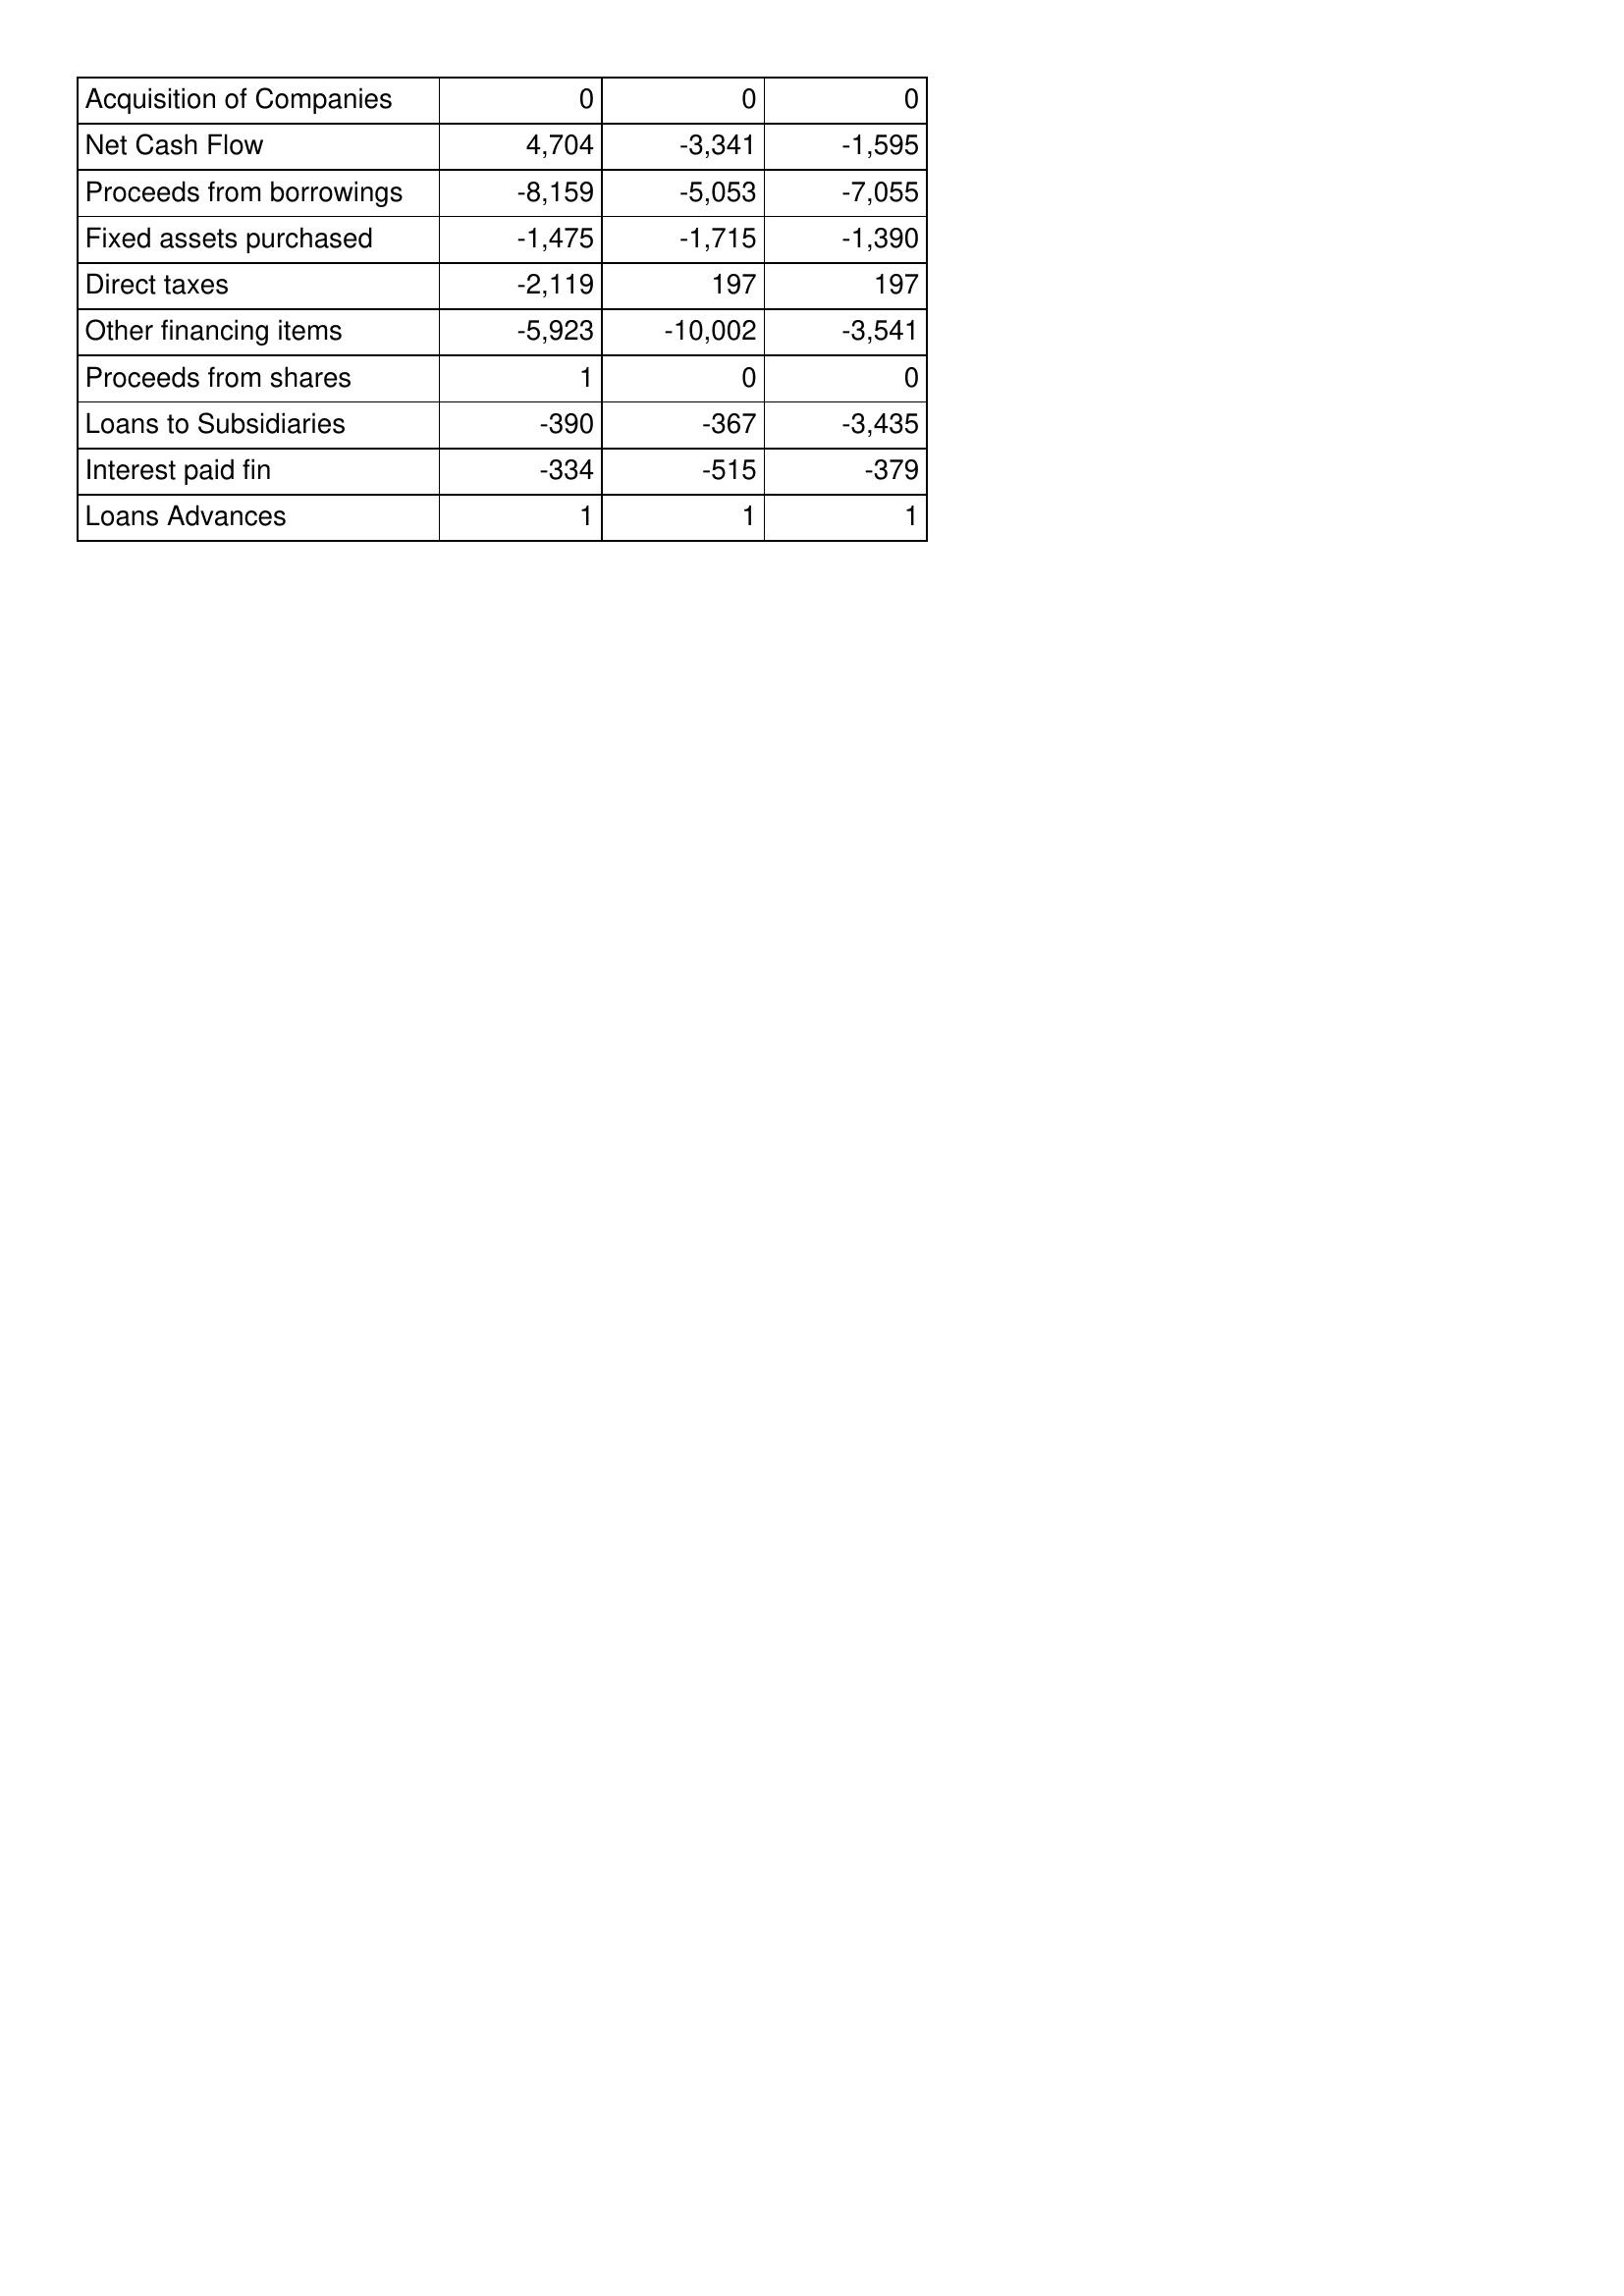
Mar-09: Cash Flows: Acquisition of Companies: 0
Net Cash Flow: 4,704
Proceeds from borrowings: -8,159
Fixed assets purchased: -1,475
Direct taxes: -2,119
Other financing items: -5,923
Proceeds from shares: 1
Loans to Subsidiaries: -390
Interest paid fin: -334
Loans Advances: 1
Mar-08: Cash Flows: Acquisition of Companies: 0
Net Cash Flow: -3,341
Proceeds from borrowings: -5,053
Fixed assets purchased: -1,715
Direct taxes: 197
Other financing items: -10,002
Proceeds from shares: 0
Loans to Subsidiaries: -367
Interest paid fin: -515
Loans Advances: 1
Mar-07: Cash Flows: Acquisition of Companies: 0
Net Cash Flow: -1,595
Proceeds from borrowings: -7,055
Fixed assets purchased: -1,390
Direct taxes: 197
Other financing items: -3,541
Proceeds from shares: 0
Loans to Subsidiaries: -3,435
Interest paid fin: -379
Loans Advances: 1